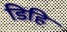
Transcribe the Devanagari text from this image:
डिहि